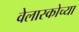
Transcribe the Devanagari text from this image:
वेलास्कोच्या